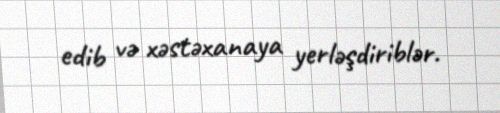
edib və xəstəxanaya yerləşdiriblər.